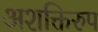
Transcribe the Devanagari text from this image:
अशक्तिरुप